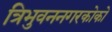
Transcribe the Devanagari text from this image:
त्रिभुवननगरकोको